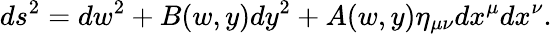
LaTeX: ds^{2}=dw^{2}+B(w,y)dy^{2}+A(w,y)\eta_{\mu\nu}dx^{\mu}dx^{\nu}.